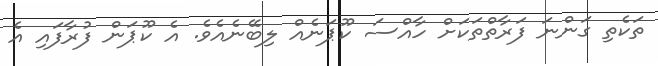
ތަކެތި ގަންނަ ފަރާތްތަކަށް ހާއްސަ ކޫޕަނެއް ލިބޭނެއެވެ. އެ ކޫޕަން ފުރާފައި އެ